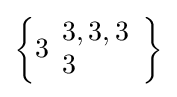
\left\{3{\begin{array}{l}3,3,3\\3\end{array}}\right\}